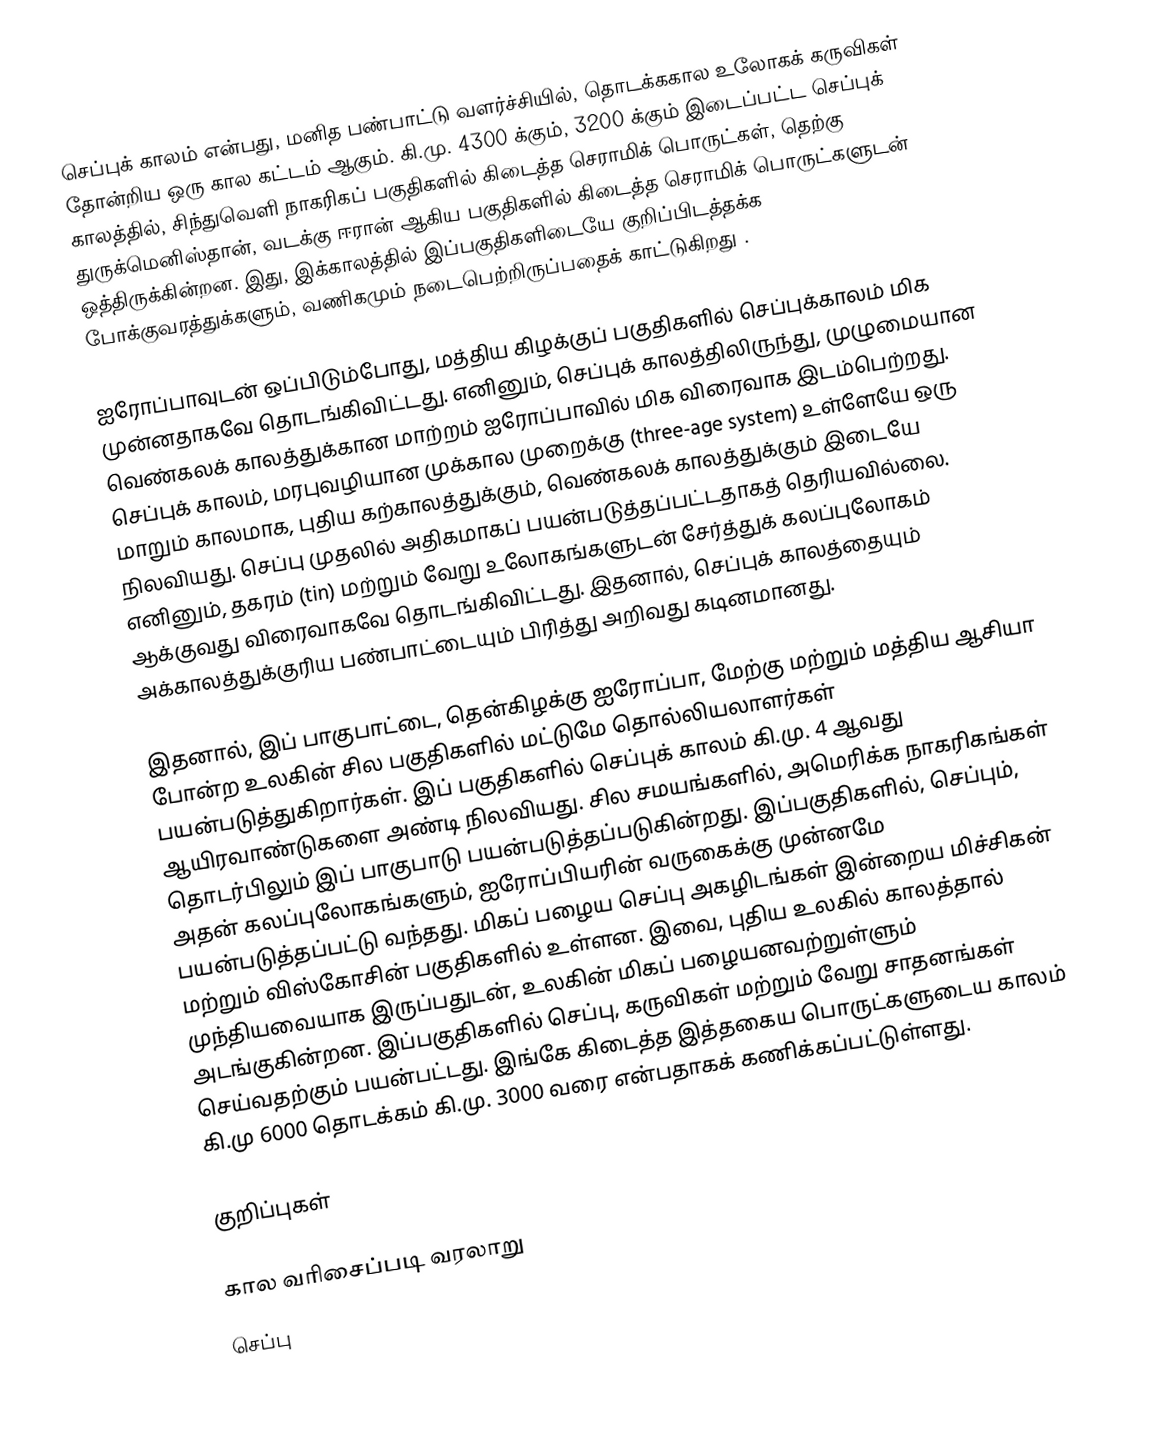
செப்புக் காலம் என்பது, மனித பண்பாட்டு வளர்ச்சியில், தொடக்ககால உலோகக் கருவிகள் தோன்றிய ஒரு கால கட்டம் ஆகும். கி.மு. 4300 க்கும், 3200 க்கும் இடைப்பட்ட செப்புக் காலத்தில், சிந்துவெளி நாகரிகப் பகுதிகளில் கிடைத்த செராமிக் பொருட்கள், தெற்கு துருக்மெனிஸ்தான், வடக்கு ஈரான் ஆகிய பகுதிகளில் கிடைத்த செராமிக் பொருட்களுடன் ஒத்திருக்கின்றன. இது, இக்காலத்தில் இப்பகுதிகளிடையே குறிப்பிடத்தக்க போக்குவரத்துக்களும், வணிகமும் நடைபெற்றிருப்பதைக் காட்டுகிறது .

ஐரோப்பாவுடன் ஒப்பிடும்போது, மத்திய கிழக்குப் பகுதிகளில் செப்புக்காலம் மிக முன்னதாகவே தொடங்கிவிட்டது. எனினும், செப்புக் காலத்திலிருந்து, முழுமையான வெண்கலக் காலத்துக்கான மாற்றம் ஐரோப்பாவில் மிக விரைவாக இடம்பெற்றது. செப்புக் காலம், மரபுவழியான முக்கால முறைக்கு (three-age system) உள்ளேயே ஒரு மாறும் காலமாக, புதிய கற்காலத்துக்கும், வெண்கலக் காலத்துக்கும் இடையே நிலவியது. செப்பு முதலில் அதிகமாகப் பயன்படுத்தப்பட்டதாகத் தெரியவில்லை. எனினும், தகரம் (tin) மற்றும் வேறு உலோகங்களுடன் சேர்த்துக் கலப்புலோகம் ஆக்குவது விரைவாகவே தொடங்கிவிட்டது. இதனால், செப்புக் காலத்தையும் அக்காலத்துக்குரிய பண்பாட்டையும் பிரித்து அறிவது கடினமானது.

இதனால், இப் பாகுபாட்டை, தென்கிழக்கு ஐரோப்பா, மேற்கு மற்றும் மத்திய ஆசியா போன்ற உலகின் சில பகுதிகளில் மட்டுமே தொல்லியலாளர்கள் பயன்படுத்துகிறார்கள். இப் பகுதிகளில் செப்புக் காலம் கி.மு. 4 ஆவது ஆயிரவாண்டுகளை அண்டி நிலவியது. சில சமயங்களில், அமெரிக்க நாகரிகங்கள் தொடர்பிலும் இப் பாகுபாடு பயன்படுத்தப்படுகின்றது. இப்பகுதிகளில், செப்பும், அதன் கலப்புலோகங்களும், ஐரோப்பியரின் வருகைக்கு முன்னமே பயன்படுத்தப்பட்டு வந்தது. மிகப் பழைய செப்பு அகழிடங்கள் இன்றைய மிச்சிகன் மற்றும் விஸ்கோசின் பகுதிகளில் உள்ளன. இவை, புதிய உலகில் காலத்தால் முந்தியவையாக இருப்பதுடன், உலகின் மிகப் பழையனவற்றுள்ளும் அடங்குகின்றன. இப்பகுதிகளில் செப்பு, கருவிகள் மற்றும் வேறு சாதனங்கள் செய்வதற்கும் பயன்பட்டது. இங்கே கிடைத்த இத்தகைய பொருட்களுடைய காலம் கி.மு 6000 தொடக்கம் கி.மு. 3000 வரை என்பதாகக் கணிக்கப்பட்டுள்ளது.

குறிப்புகள்

கால வரிசைப்படி வரலாறு
செப்பு